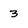
Character: 3